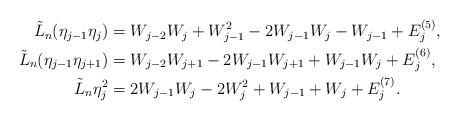
LaTeX: \begin{align*}\begin{aligned}\tilde{L}_n (\eta_{ j - 1 } \eta_j ) & = W_{ j -2 } W_{j} +W_{j-1}^2 - 2W_{ j - 1 } W_j - W_{j-1} + E^{(5)}_{ j } , \\\tilde{L}_n (\eta_{ j - 1 } \eta_{ j + 1} ) & = W_{ j -2} W_{ j + 1 } - 2 W_{ j - 1 } W_{ j + 1} + W_{ j - 1} W_j + E^{(6)}_{ j } , \\\tilde{L}_n \eta_j^2 & = 2 W_{ j - 1} W_j - 2 W_j^2 + W_{j-1} + W_j + E^{(7)}_{ j } .\end{aligned}\end{align*}